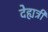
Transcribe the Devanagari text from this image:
देह्यत्री